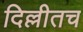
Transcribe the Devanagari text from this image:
दिल्लीतच